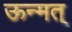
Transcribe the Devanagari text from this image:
ऊन्मत्